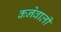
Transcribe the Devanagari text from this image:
कनेवाली